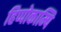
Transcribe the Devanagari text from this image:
हिप्पोकाम्पि